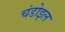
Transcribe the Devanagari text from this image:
चंडोइल